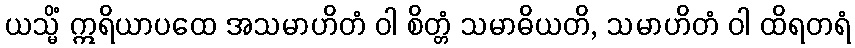
ယသ္မိံ ဣရိယာပထေ အသမာဟိတံ ဝါ စိတ္တံ သမာဓိယတိ, သမာဟိတံ ဝါ ထိရတရံ